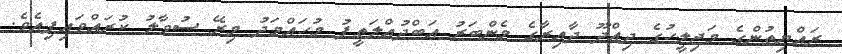
ރައްޔިތުންގެ މަޖިލީހުގެ ދިއްދޫ ދާއިރާގެ މެންބަރު އަބްދުއްލަތީފު މުހައްމަދު މިރޭ ސުވާލު ކުރައްވައިފިއެވެ.